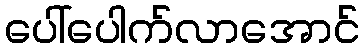
ပေါ်ပေါက်လာအောင်